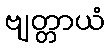
ဗျတ္တာယံ